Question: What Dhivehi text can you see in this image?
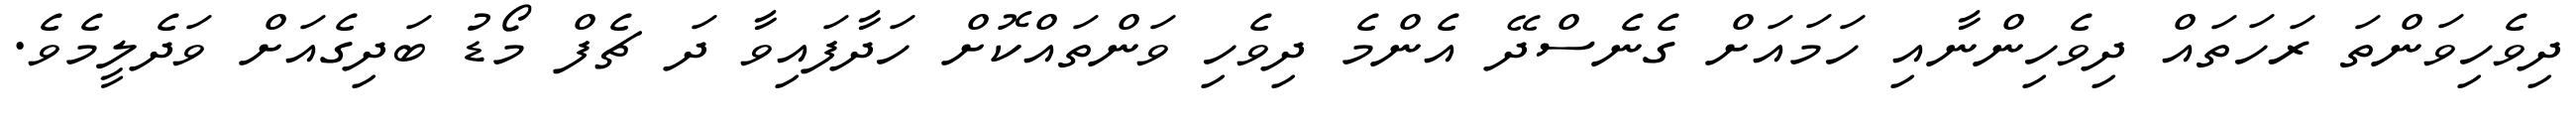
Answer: ދިވެހިވަންތަ ރަހަތައް ދިވެހިންނާއި ހަމައަށް ގެނެސްދޭ އެންމެ ދިވެހި ވަންތައްކޮށް ހަދާފައިވާ ދަ ޗެފް މޯޑު ބަދިގެއަށް ވަދެލީމެވެ.